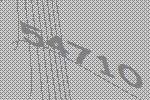
54710